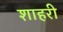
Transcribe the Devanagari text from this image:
शाहरी